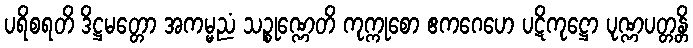
ပရိစရတိ ဒိဋ္ဌမတ္တော အကမ္မညံ သဉ္စုဏ္ဏေတိ ကုက္ကုစော ဧကဂေဟေ ပဋိကုဋ္ဌော ပုဏ္ဏပတ္တန္တိ